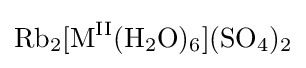
{\ce {Rb2[M^{II}(H2O)6](SO4)2}}